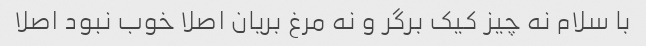
با سلام نه چیز کیک برگر و نه مرغ بریان اصلا خوب نبود اصلا